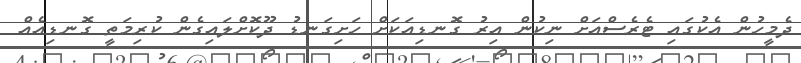
ދެމީހުން އެކުގައި ޓެރެސްއަށް ނިކުން އިރު ގޮނޑިއަކަށް ހަށިގަނޑު ދޫކޮށްލައިގެން ކުރިމަތީ ގޮނޑިއެއް